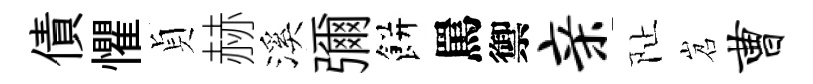
債懼貞赫溪彌餅罵禦亲阯岧曹